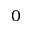
0